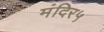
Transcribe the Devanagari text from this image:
मंदिर५